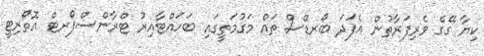
ކިޔާ ގޭގެ ވެރިފަރާތުން އެފަދަ ބޯރޑްސް ތައް މަގުމަތީގައި ބަހައްޓާއިރު ޓްރާންސްޕޯރޓް އޮތޯރިޓީ